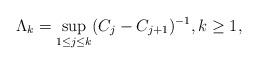
LaTeX: \begin{align*}\Lambda_{k}=\sup_{1\leq j\leq k}(C_{j}-C_{j+1})^{-1},k\geq 1,\end{align*}